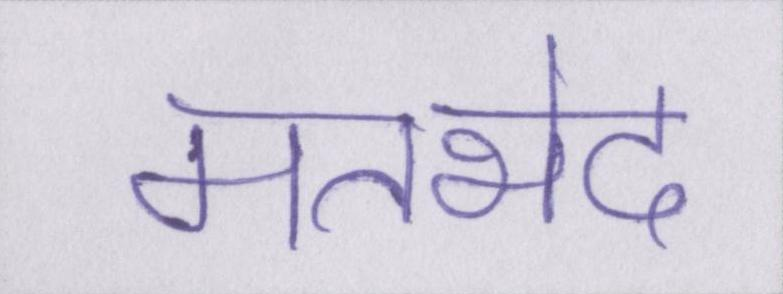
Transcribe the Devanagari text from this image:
मतभेद